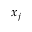
x _ { j }